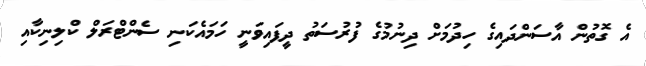
އެ ގޮތުން އާސަންދައިގެ ހިދުމަށް ދިނުމުގެ ފުރުސަތު ދީފައިވަނީ ހަމައެކަނި ސެންޓްރަލް ކްލިނިކާއި